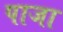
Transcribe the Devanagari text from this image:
पाजा